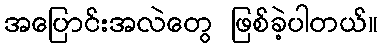
အပြောင်းအလဲတွေ ဖြစ်ခဲ့ပါတယ်။